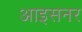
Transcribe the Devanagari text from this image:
आइसनर